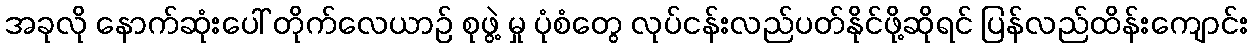
အခုလို နောက်ဆုံးပေါ် တိုက်လေယာဉ် စုဖွဲ့ မှု ပုံစံတွေ လုပ်ငန်းလည်ပတ်နိုင်ဖို့ဆိုရင် ပြန်လည်ထိန်းကျောင်း